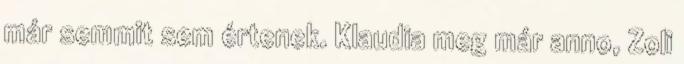
már semmit sem értenek. Klaudia meg már anno, Zoli